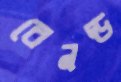
রেনল্ড